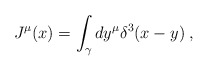
\begin{align*}J^{\mu }(x)=\int_{\gamma }dy^{\mu }\delta ^{3}(x-y)\;, \end{align*}